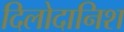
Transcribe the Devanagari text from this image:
दिलोदानिश